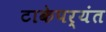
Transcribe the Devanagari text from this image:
टाकेपर्यंत